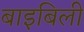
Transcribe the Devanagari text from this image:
बाइबिली